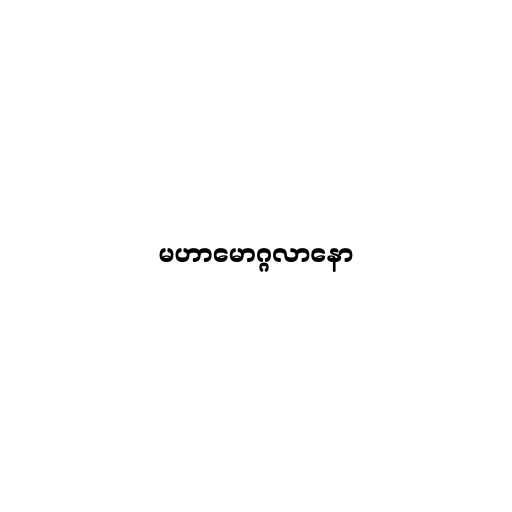
မဟာမောဂ္ဂလာနော